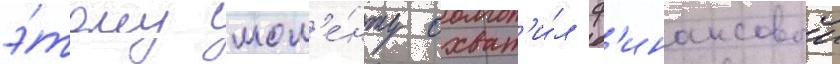
э́тому мом'е́нту охват'и́л ф'инансовыи